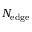
N _ { \mathrm { e d g e } }